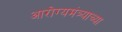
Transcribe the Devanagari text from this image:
आरोग्यमंत्र्याच्या